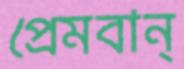
প্রেমবান্‌